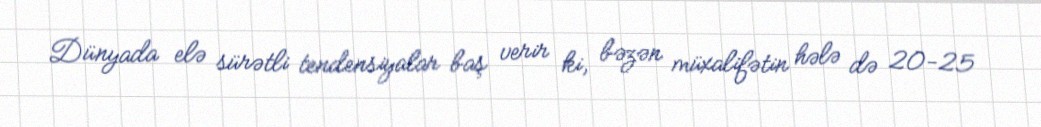
Dünyada elə sürətli tendensiyalar baş verir ki, bəzən müxalifətin hələ də 20-25